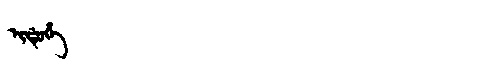
Manchu: ᡳᡩᡠᡥᡝ
Romanization: IDUHE